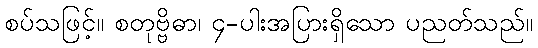
စပ်သဖြင့်။ စတုဗ္ဗိဓာ၊ ၄-ပါးအပြားရှိသော ပညတ်သည်။